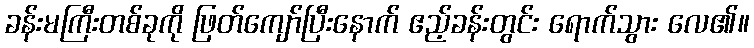
ခန်းမကြီးတစ်ခုကို ဖြတ်ကျော်ပြီးနောက် ဧည့်ခန်းတွင်း ရောက်သွား လေ၏။